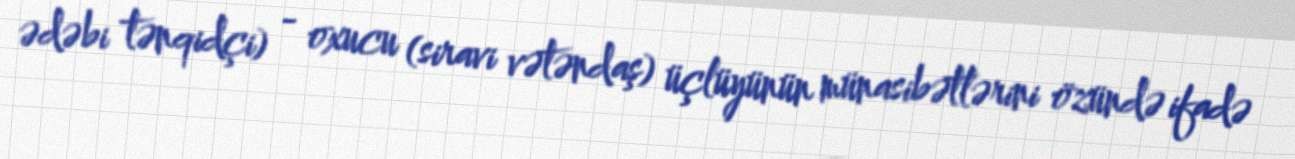
ədəbi tənqidçi) - oxucu (siravi vətəndaş) üçlüyünün münasibətlərini özündə ifadə